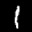
Label: 1